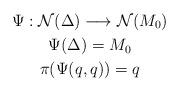
LaTeX: \begin{gather*}\Psi: \mathcal{N}(\Delta)\longrightarrow \mathcal{N}(M_0) \\\Psi(\Delta)=M_0 \\\pi(\Psi(q,q))=q\end{gather*}